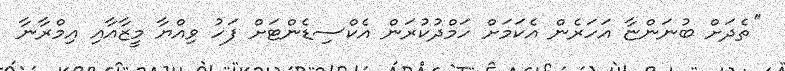
''ތެދަށް ބުނަންޏާ އަހަރެން އެކަމަށް ހަމްދުކުރަން އެކްސިޑެންޓަށް ފަހު ވިއްޔާ މީޒާއާއި އިމްރާނާ